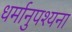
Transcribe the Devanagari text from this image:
धर्मानुपश्यना